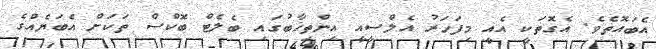
އެބައޮތެވެ. އެގޮތަކީ އެއީ މިފަހަރު އެލްސީއީ އިންތިޚާބުގައި ބެލެޓް ބޮކްސް ތަކަށް އެބަޔެއްގެ